Indian journal of veterinary science and animal husbandry - Volumes 18-21, 1948-1951
Year: 1948
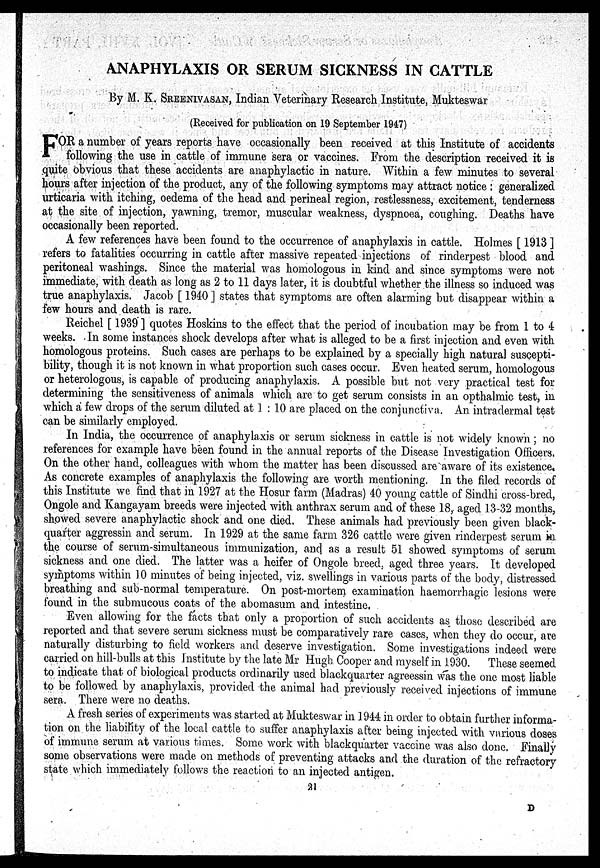
ANAPHYLAXIS OR SERUM SICKNESS IN CATTLE
By M. K. SREENIVASAN, Indian Veterinary Research Institute, Mukteswar
(Received for publication on 19 September 1947)
F OR a number of years reports have occasionally been received at this Institute of accidents
following the use in cattle of immune sera or vaccines. From the description received it is
quite obvious that these accidents are anaphylactic in nature. Within a few minutes to several
hours after injection of the product, any of the following symptoms may attract notice: generalized
urticaria with itching, oedema of the head and perineal region, restlessness, excitement, tenderness
at the site of injection, yawning, tremor, muscular weakness, dyspnoea, coughing. Deaths have
occasionally been reported.
A few references have been found to the occurrence of anaphylaxis in cattle. Holmes [1913]
refers to fatalities occurring in cattle after massive repeated injections of rinderpest blood and
peritoneal washings. Since the material was homologous in kind and since symptoms were not
immediate, with death as long as 2 to 11 days later, it is doubtful whether the illness so induced was
true anaphylaxis. Jacob [1940] states that symptoms are often alarming but disappear within a
few hours and death is rare.
Reichel [1939] quotes Hoskins to the effect that the period of incubation may be from 1 to 4
weeks. In some instances shock develops after what is alleged to be a first injection and even with
homologous proteins. Such cases are perhaps to be explained by a specially high natural suscepti-
bility, though it is not known in what proportion such cases occur. Even heated serum, homologous
or heterologous, is capable of producing anaphylaxis. A possible but not very practical test for
determining the sensitiveness of animals which are to get serum consists in an opthalmic test, in
which a few drops of the serum diluted at 1:10 are placed on the conjunctiva. An intradermal test
can be similarly employed.
In India, the occurrence of anaphylaxis or serum sickness in cattle is not widely known; no
references for example have been found in the annual reports of the Disease Investigation Officers.
On the other hand, colleagues with whom the matter has been discussed are aware of its existence.
As concrete examples of anaphylaxis the following are worth mentioning. In the filed records of
this Institute we find that in 1927 at the Hosur farm (Madras) 40 young cattle of Sindhi cross-bred,
Ongole and Kangayam breeds were injected with anthrax serum and of these 18, aged 13-32 months,
showed severe anaphylactic shock and one died. These animals had previously been given black-
quarter aggressin and serum. In 1929 at the same farm 326 cattle were given rinderpest serum in
the course of serum-simultaneous immunization, and as a result 51 showed symptoms of serum
sickness and one died. The latter was a heifer of Ongole breed, aged three years. It developed
symptoms within 10 minutes of being injected, viz. swellings in various parts of the body, distressed
breathing and sub-normal temperature. On post-mortem examination haemorrhagic lesions were
found in the submucous coats of the abomasum and intestine.
Even allowing for the facts that only a proportion of such accidents as those described are
reported and that severe serum sickness must be comparatively rare cases, when they do occur, are
naturally disturbing to field workers and deserve investigation. Some investigations indeed were
carried on hill-bulls at this Institute by the late Mr Hugh Cooper and myself in 1930. These seemed
to indicate that of biological products ordinarily used blackquarter agreessin was the one most liable
to be followed by anaphylaxis, provided the animal had previously received injections of immune
sera. There were no deaths.
A fresh series of experiments was started at Mukteswar in 1944 in order to obtain further informa-
tion on the liability of the local cattle to suffer anaphylaxis after being injected with various doses
of immune serum at various times. Some work with blackquarter vaccine was also done. Finally
some observations were made on methods of preventing attacks and the duration of the refractory
state which immediately follows the reaction to an injected antigen.
21
D